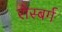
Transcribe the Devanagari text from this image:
रोस्बर्ग